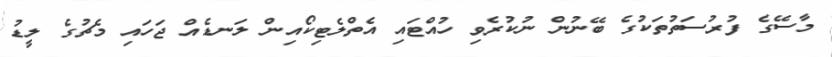
މާސޭގެ ފުރުސަތުތަކުގެ ބޭނުން ނުކުރެވި ހުއްޓައި އެތްލެޓިކޯއިން ލަނޑެއް ޖަހައި މެޗުގެ ލީޑު